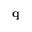
\mathbf { q }